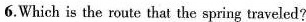
6.Which is the route that the spriug traveled?